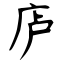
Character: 庐